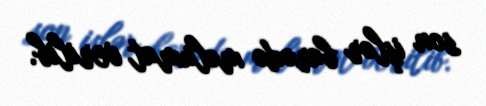
son işlər barədə məlumat verilib.